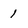
Character: 1